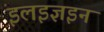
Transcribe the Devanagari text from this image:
इलइज्ञइन